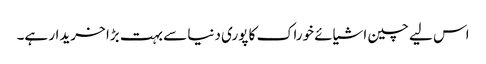
اس لیے چین اشیائے خوراک کا پوری دنیا سے بہت بڑا خریدار ہے۔